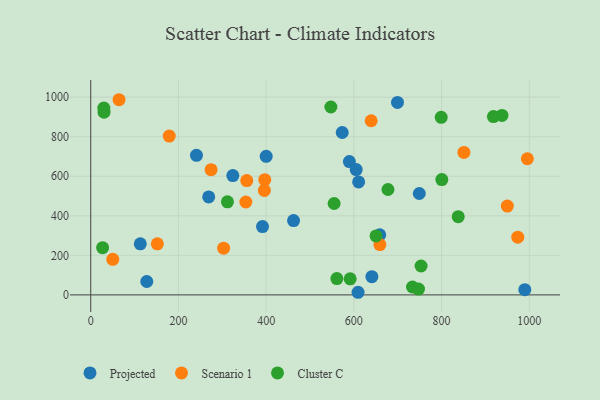
{"axis": {"x": "Engine Size", "y": "Rating"}, "legend": ["Cluster C", "Projected", "Scenario 1"], "data": [{"x": "573.5", "y": 821.3, "type": "Projected"}, {"x": "324.0", "y": 603.7, "type": "Projected"}, {"x": "113.0", "y": 258.1, "type": "Projected"}, {"x": "609.6", "y": 13.3, "type": "Projected"}, {"x": "269.0", "y": 495.7, "type": "Projected"}, {"x": "462.5", "y": 375.9, "type": "Projected"}, {"x": "641.1", "y": 92.1, "type": "Projected"}, {"x": "659.0", "y": 303.7, "type": "Projected"}, {"x": "400.1", "y": 701.1, "type": "Projected"}, {"x": "605.3", "y": 633.8, "type": "Projected"}, {"x": "749.2", "y": 512.9, "type": "Projected"}, {"x": "589.8", "y": 674.4, "type": "Projected"}, {"x": "241.1", "y": 705.7, "type": "Projected"}, {"x": "610.9", "y": 571.3, "type": "Projected"}, {"x": "699.5", "y": 973.3, "type": "Projected"}, {"x": "391.7", "y": 345.6, "type": "Projected"}, {"x": "989.8", "y": 26.3, "type": "Projected"}, {"x": "127.8", "y": 67.7, "type": "Projected"}, {"x": "973.8", "y": 292.0, "type": "Scenario 1"}, {"x": "995.7", "y": 688.5, "type": "Scenario 1"}, {"x": "950.0", "y": 449.0, "type": "Scenario 1"}, {"x": "659.3", "y": 254.5, "type": "Scenario 1"}, {"x": "179.0", "y": 803.1, "type": "Scenario 1"}, {"x": "50.2", "y": 180.0, "type": "Scenario 1"}, {"x": "64.5", "y": 987.1, "type": "Scenario 1"}, {"x": "355.8", "y": 578.0, "type": "Scenario 1"}, {"x": "303.0", "y": 236.2, "type": "Scenario 1"}, {"x": "639.5", "y": 880.7, "type": "Scenario 1"}, {"x": "353.7", "y": 469.9, "type": "Scenario 1"}, {"x": "274.4", "y": 633.4, "type": "Scenario 1"}, {"x": "151.9", "y": 258.1, "type": "Scenario 1"}, {"x": "851.0", "y": 720.6, "type": "Scenario 1"}, {"x": "396.8", "y": 582.8, "type": "Scenario 1"}, {"x": "395.9", "y": 528.3, "type": "Scenario 1"}, {"x": "677.8", "y": 533.1, "type": "Cluster C"}, {"x": "547.6", "y": 950.3, "type": "Cluster C"}, {"x": "800.6", "y": 583.4, "type": "Cluster C"}, {"x": "555.0", "y": 462.3, "type": "Cluster C"}, {"x": "918.3", "y": 901.9, "type": "Cluster C"}, {"x": "838.0", "y": 395.6, "type": "Cluster C"}, {"x": "29.8", "y": 945.0, "type": "Cluster C"}, {"x": "311.7", "y": 470.5, "type": "Cluster C"}, {"x": "733.7", "y": 40.0, "type": "Cluster C"}, {"x": "561.3", "y": 82.6, "type": "Cluster C"}, {"x": "747.4", "y": 29.4, "type": "Cluster C"}, {"x": "937.8", "y": 907.6, "type": "Cluster C"}, {"x": "650.6", "y": 298.3, "type": "Cluster C"}, {"x": "753.3", "y": 146.1, "type": "Cluster C"}, {"x": "591.6", "y": 81.4, "type": "Cluster C"}, {"x": "799.2", "y": 898.0, "type": "Cluster C"}, {"x": "30.3", "y": 924.1, "type": "Cluster C"}, {"x": "27.1", "y": 239.0, "type": "Cluster C"}]}